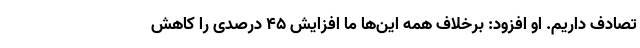
تصادف داریم. او افزود: برخلاف همه این‌ها ما افزایش ۴۵ درصدی را کاهش